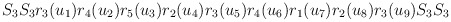
\begin{align*}S_{3}S_{3}r_{3}(u_{1})r_{4}(u_{2})r_{5}(u_{3})r_{2}(u_{4})r_{3}(u_{5})r_{4}(u_{6})r_{1}(u_{7})r_{2}(u_{8})r_{3}(u_{9})S_{3}S_{3}\end{align*}